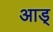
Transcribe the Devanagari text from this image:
आड्